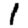
Digit: 1